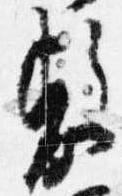
敷